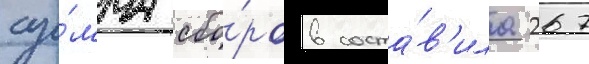
су́мма сбо́ров соста́в'ила 267